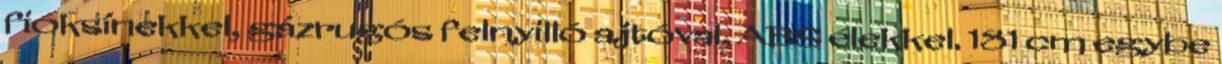
fióksínekkel, gázrugós felnyilló ajtóval, ABS élekkel. 181 cm egybe